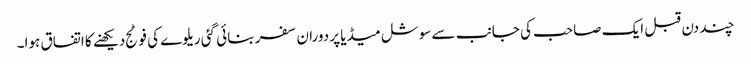
چند دن قبل ایک صاحب کی جانب سے سوشل میڈیا پر دوران سفر بنائی گئی ریلوے کی فوٹج دیکھنے کا اتفاق ہوا۔